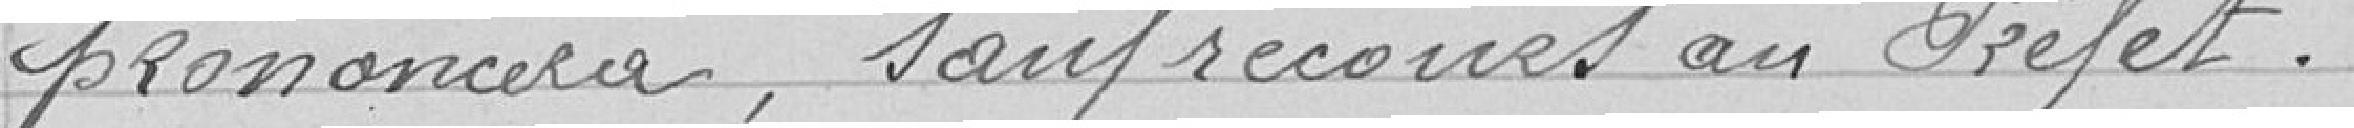
prononcera, sauf recours au Préfet.